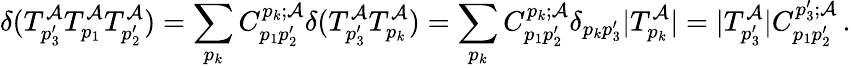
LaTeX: \delta(T_{p_{3}^{\prime}}^{\mathcal{A}}T_{p_{1}}^{\mathcal{A}}T_{p_{2}^{\prime}}^{\mathcal{A}})=\sum_{p_{k}}C_{p_{1}p_{2}^{\prime}}^{p_{k};\mathcal{A}}\delta(T_{p_{3}^{\prime}}^{\mathcal{A}}T_{p_{k}}^{\mathcal{A}})=\sum_{p_{k}}C_{p_{1}p_{2}^{\prime}}^{p_{k};\mathcal{A}}\delta_{p_{k}p_{3}^{\prime}}|T_{p_{k}}^{\mathcal{A}}|=|T_{p_{3}^{\prime}}^{\mathcal{A}}|C_{p_{1}p_{2}^{\prime}}^{p_{3}^{\prime};\mathcal{A}}\, .